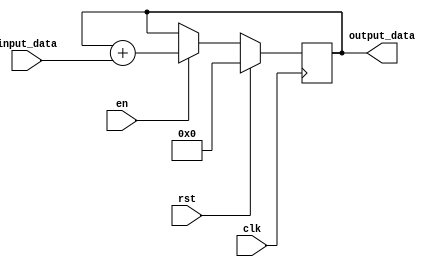
module ParallelAccumulator (
    input wire clk,
    input wire rst,
    input wire [31:0] input_data,
    input wire en,
    output reg [31:0] output_data
);

reg [31:0] accumulator;

always @(posedge clk) begin
    if (rst) begin
        accumulator <= 32'h0;
    end else begin
        if (en) begin
            accumulator <= accumulator + input_data;
        end
    end
end

assign output_data = accumulator;

endmodule